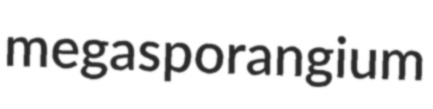
megasporangium